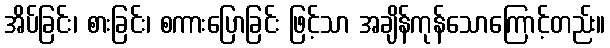
အိပ်ခြင်း၊ စားခြင်း၊ စကားပြောခြင်း ဖြင့်သာ အချိန်ကုန်သောကြောင့်တည်း။